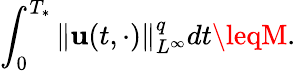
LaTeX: \int_{0}^{T_{*}}\| \mathbf{u}(t,\cdot)\| _{L^{\infty}}^{q}dt\leqM.